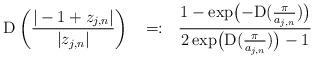
LaTeX: \begin{align*}{\rm D}\left(\frac{|-1+z_{j,n}|}{|z_{j,n}|}\right) ~~=:~~ \frac{1 -\exp\bigl(-{\rm D}(\frac{\pi}{a_{j,n}})\bigr)}{2 \exp\bigl({\rm D}(\frac{\pi}{a_{j,n}})\bigr) -1}\end{align*}